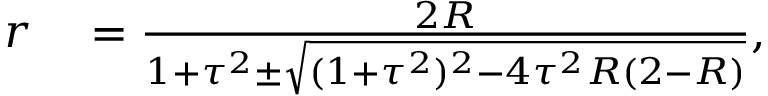
\begin{array} { r l } { r } & { { } = \frac { 2 R } { 1 + \tau ^ { 2 } \pm \sqrt { ( 1 + \tau ^ { 2 } ) ^ { 2 } - 4 \tau ^ { 2 } R ( 2 - R ) } } , } \end{array}